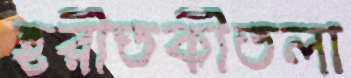
হরীতকীতলা